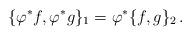
LaTeX: \begin{align*} \{\varphi^*f,\varphi^*g\}_1=\varphi^*\{f,g\}_2\,. \end{align*}